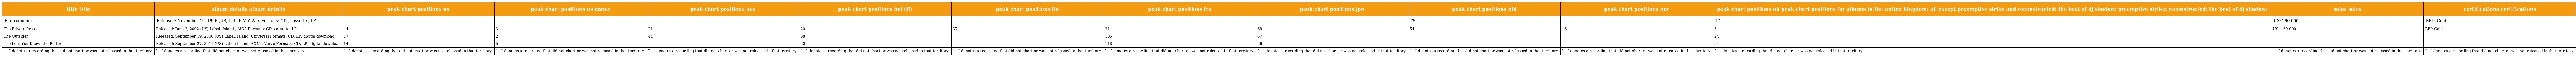
| title title | album details album details | peak chart positions us | peak chart positions us dance | peak chart positions aus | peak chart positions bel (fl) | peak chart positions fin | peak chart positions fra | peak chart positions jpn | peak chart positions nld | peak chart positions nor | peak chart positions uk peak chart positions for albums in the united kingdom: all except preemptive strike and reconstructed: the best of dj shadow: preemptive strike: reconstructed: the best of dj shadow: | sales sales | certifications certifications |
 | --- | --- | --- | --- | --- | --- | --- | --- | --- | --- | --- | --- | --- | --- |
 | Endtroducing..... | Released: November 19, 1996 (US) Label: Mo' Wax Formats: CD , cassette , LP | — | — | — | — | — | — | — | 75 | — | 17 | US: 290,000 | BPI : Gold |
 | The Private Press | Released: June 2, 2002 (US) Label: Island , MCA Formats: CD, cassette, LP | 44 | 3 | 21 | 20 | 37 | 21 | 68 | 54 | 16 | 8 | US: 160,000 | BPI: Gold |
 | The Outsider | Released: September 19, 2006 (US) Label: Island, Universal Formats: CD, LP, digital download | 77 | 2 | 44 | 68 | — | 105 | 67 | — | — | 24 |  |  |
 | The Less You Know, the Better | Released: September 27, 2011 (US) Label: Island, A&M , Verve Formats: CD, LP, digital download | 149 | 5 | — | 80 | — | 118 | 86 | — | — | 34 |  |  |
 | "—" denotes a recording that did not chart or was not released in that territory. | "—" denotes a recording that did not chart or was not released in that territory. | "—" denotes a recording that did not chart or was not released in that territory. | "—" denotes a recording that did not chart or was not released in that territory. | "—" denotes a recording that did not chart or was not released in that territory. | "—" denotes a recording that did not chart or was not released in that territory. | "—" denotes a recording that did not chart or was not released in that territory. | "—" denotes a recording that did not chart or was not released in that territory. | "—" denotes a recording that did not chart or was not released in that territory. | "—" denotes a recording that did not chart or was not released in that territory. | "—" denotes a recording that did not chart or was not released in that territory. | "—" denotes a recording that did not chart or was not released in that territory. | "—" denotes a recording that did not chart or was not released in that territory. | "—" denotes a recording that did not chart or was not released in that territory. |